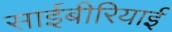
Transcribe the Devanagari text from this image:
साईबीरियाई